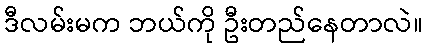
ဒီလမ်းမက ဘယ်ကို ဦးတည်နေတာလဲ။